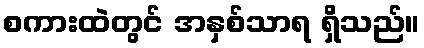
စကားထဲတွင် အနှစ်သာရ ရှိသည်။